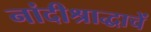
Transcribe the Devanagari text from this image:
नांदीश्राद्धाचें